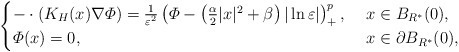
\begin{align*}\begin{cases}-\cdot(K_H(x)\nabla\varPhi)=\frac{1}{\varepsilon^2}\left( \varPhi-\left( \frac{\alpha}{2}|x|^2+\beta\right) |\ln\varepsilon|\right)^p_+,\ &x\in B_{R^*}(0),\\\varPhi(x)=0,\ &x\in \partial B_{R^*}(0),\end{cases}\end{align*}